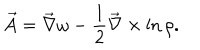
\vec { A } = \vec { \nabla } \omega - { \frac { 1 } { 2 } } \vec { \nabla } \times \ln \rho .